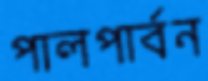
পালপার্বন